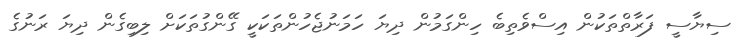
ސިޔާސީ ފަރާތްތަކުން އިސްވެތިބެ ހިންގަމުން ދިޔަ ހަމަނުޖެހުންތަކަކީ ގޭންގުތަކަށް ލިބިގެން ދިޔަ ރަނުގެ